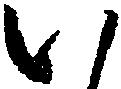
い